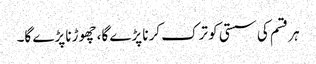
ہر قسم کی سستی کو ترک کرنا پڑے گا، چھوڑنا پڑے گا۔